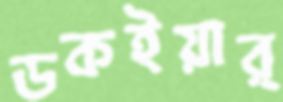
ডকইয়ার্